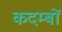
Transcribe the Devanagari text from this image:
कदम्बों